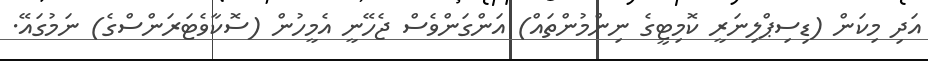
އަދި މިކަން (ޑިސިޕްލިނަރީ ކޮމިޓީގެ ނިންމުންތައް) އަންގަންވެސް ޖެހޭނީ އެމީހުން (ސޮކާވެޓަރަންސްގެ) ނަމުގައޭ.